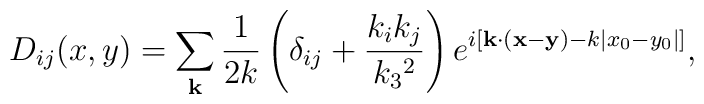
D_{ij}(x,y)=\sum_{\bf k}\frac{1}{2k}\left(\delta_{ij} +\frac{k_ik_j}{k_3{}^2}\right)e^{i\left[{\bf k\cdot(x-y)}-k|x_0-y_0|\right]},